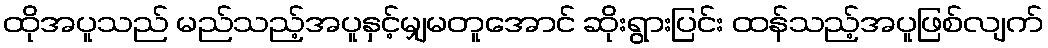
ထိုအပူသည် မည်သည့်အပူနှင့်မျှမတူအောင် ဆိုးရွားပြင်း ထန်သည့်အပူဖြစ်လျက်